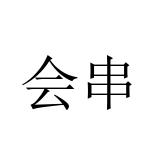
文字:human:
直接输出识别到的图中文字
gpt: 会串